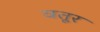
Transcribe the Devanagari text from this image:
वतूर